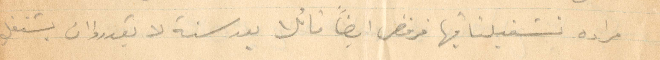
مراده نشفيلنا فيها فرقض ايضًا قائلًأ بعد سنة لا يقدروا ان يشتغلو